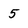
Character: 5